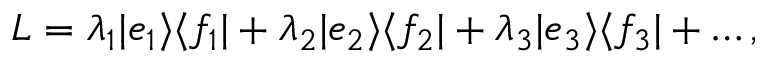
L = \lambda _ { 1 } | e _ { 1 } \rangle \langle f _ { 1 } | + \lambda _ { 2 } | e _ { 2 } \rangle \langle f _ { 2 } | + \lambda _ { 3 } | e _ { 3 } \rangle \langle f _ { 3 } | + \dots ,